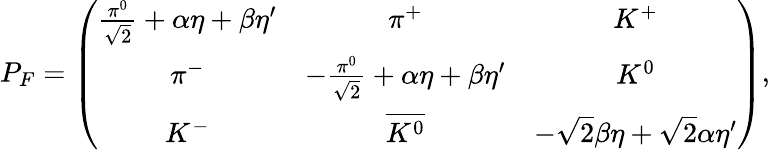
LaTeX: P_{F}=\left(\begin{array}{ccc}{{\frac{\pi^{0}}{\sqrt{2}}+\alpha\eta+\beta\eta^{\prime}}}&{{\pi^{+}}}&{{K^{+}}}\\ {{\pi^{-}}}&{{-\frac{\pi^{0}}{\sqrt{2}}+\alpha\eta+\beta\eta^{\prime}}}&{{K^{0}}}\\ {{K^{-}}}&{{\overline{{{K^{0}}}}}}&{{-\sqrt{2}\beta\eta+\sqrt{2}\alpha\eta^{\prime}}}\end{array}\right),